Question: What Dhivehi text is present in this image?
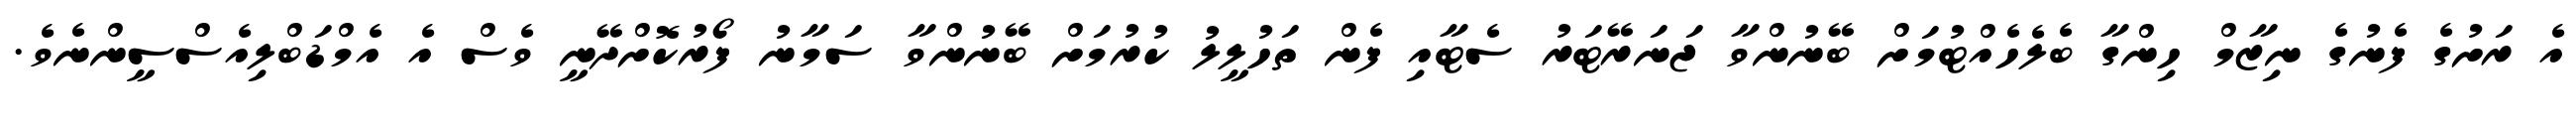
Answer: އެ ރަށުގެ ފެނުގެ ނިޒާމް ހިންގާ ބެލެހެއްޓުމަށް ބޭނުންވާ ޖަނަރޭޓަރު ސެޓާއި ފެން ތަހުލީލު ކުރުމަށް ބޭނުންވާ ސަމާނު ފޯރުކޮށްދޭނީ ވެސް އެ އެމްޑަބްލިއެސްސީންނެވެ.